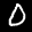
Label: 0